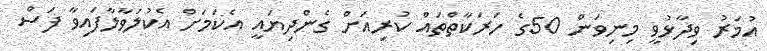
އުމަރު ވިދާޅުވީ މިނިވަން 50ގެ ހަރަކާތްތައް ކުރިއަށް ގެންދިޔައީ އެކަމަށް އެކުލަވާލާފައިވާ ފަސް